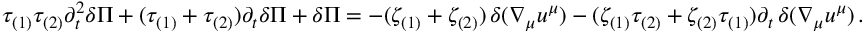
\tau _ { ( 1 ) } \tau _ { ( 2 ) } \partial _ { t } ^ { 2 } \delta \Pi + ( \tau _ { ( 1 ) } + \tau _ { ( 2 ) } ) \partial _ { t } \delta \Pi + \delta \Pi = - ( \zeta _ { ( 1 ) } + \zeta _ { ( 2 ) } ) \, \delta ( \nabla _ { \mu } u ^ { \mu } ) - ( \zeta _ { ( 1 ) } \tau _ { ( 2 ) } + \zeta _ { ( 2 ) } \tau _ { ( 1 ) } ) \partial _ { t } \, \delta ( \nabla _ { \mu } u ^ { \mu } ) \, .